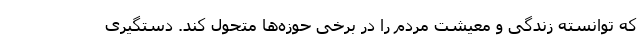
که توانسته زندگی و معیشت مردم را در برخی حوزه‌ها متحول کند. دستگیری